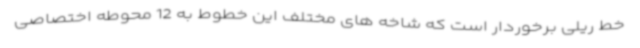
خط ریلی برخوردار است که شاخه های مختلف این خطوط به 12 محوطه اختصاصی